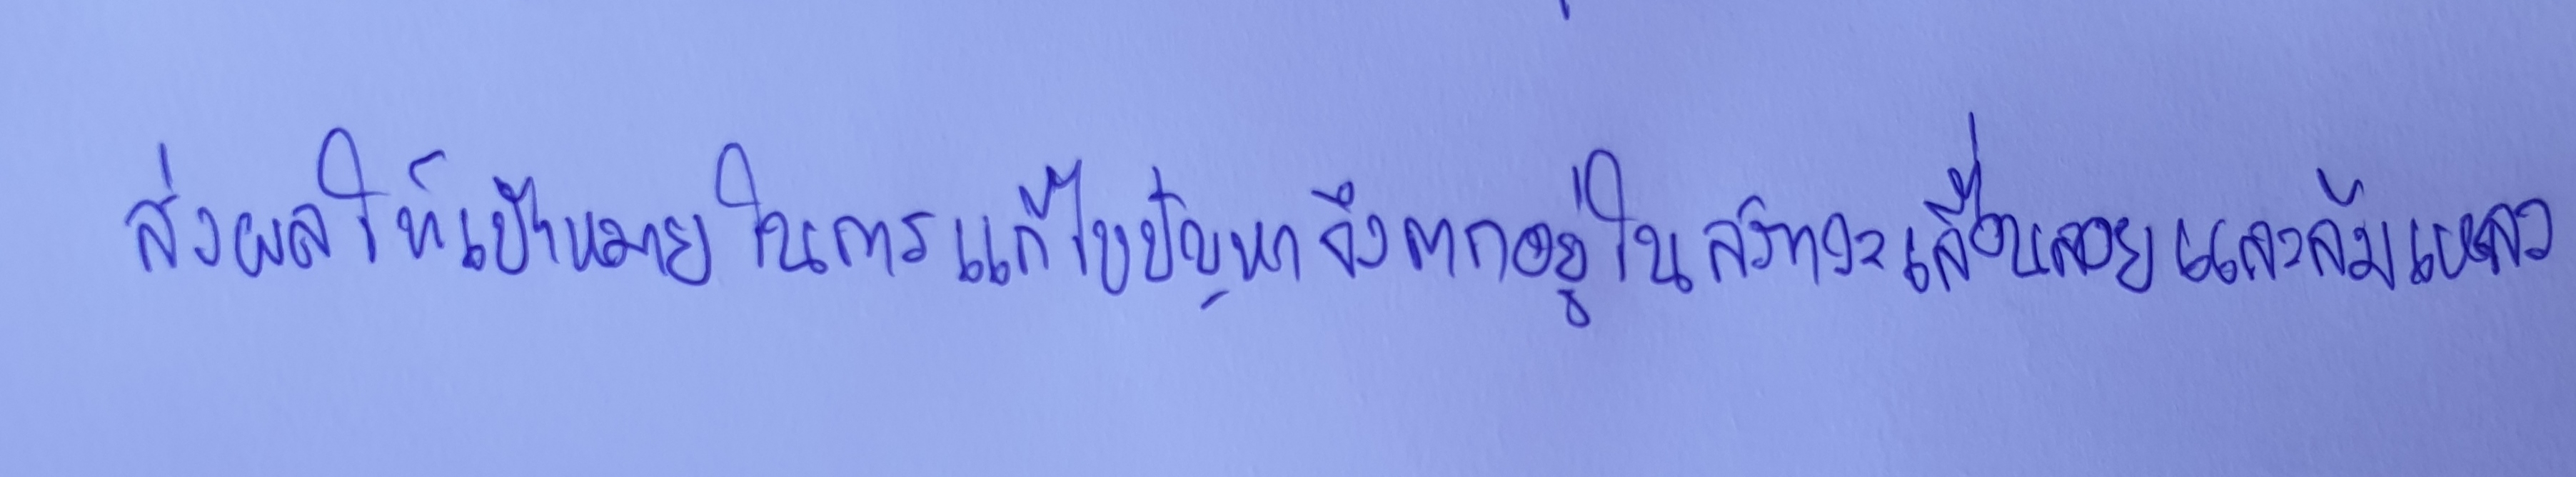
ส่งผลให้เป้าหมายในการแก้ไขปัญหาจึงตกอยู่ในสภาวะเลื่อนลอยและล้มเหลว